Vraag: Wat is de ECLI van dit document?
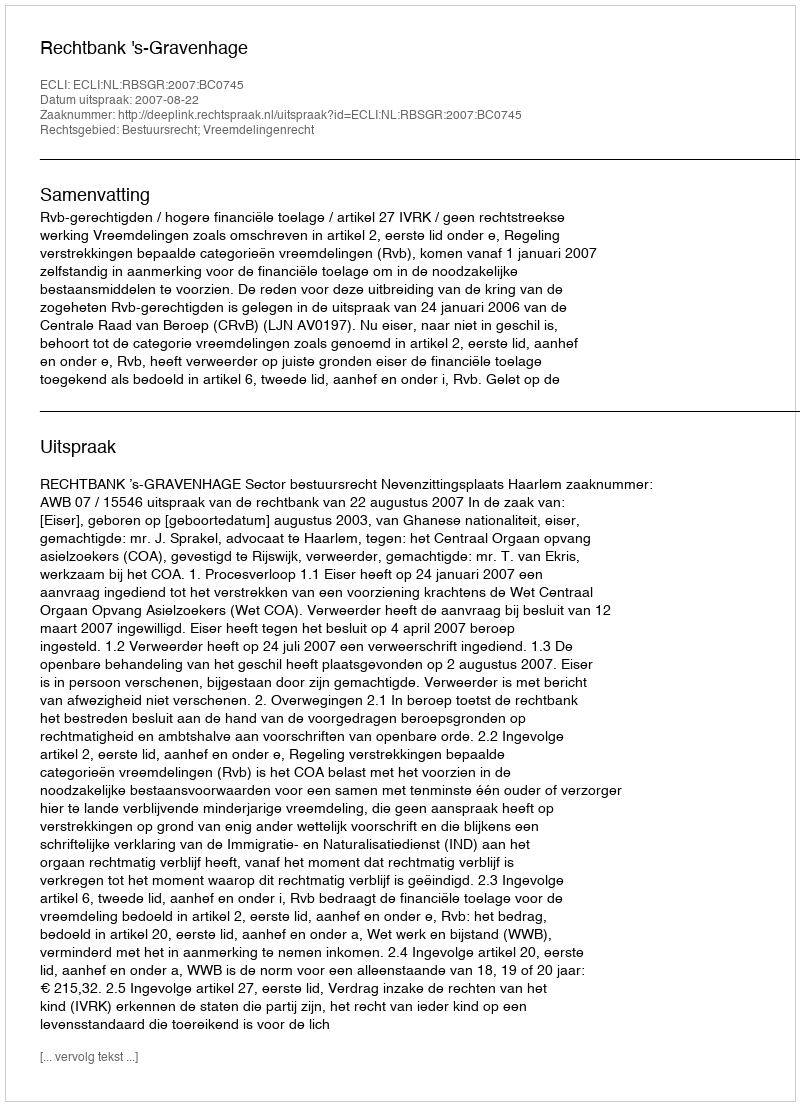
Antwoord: ECLI:NL:RBSGR:2007:BC0745